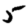
Digit: 5